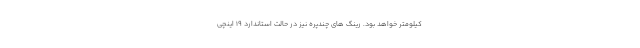
کیلومتر خواهد بود. رینگ های چندپره نیز در حالت استاندارد 19 اینچی